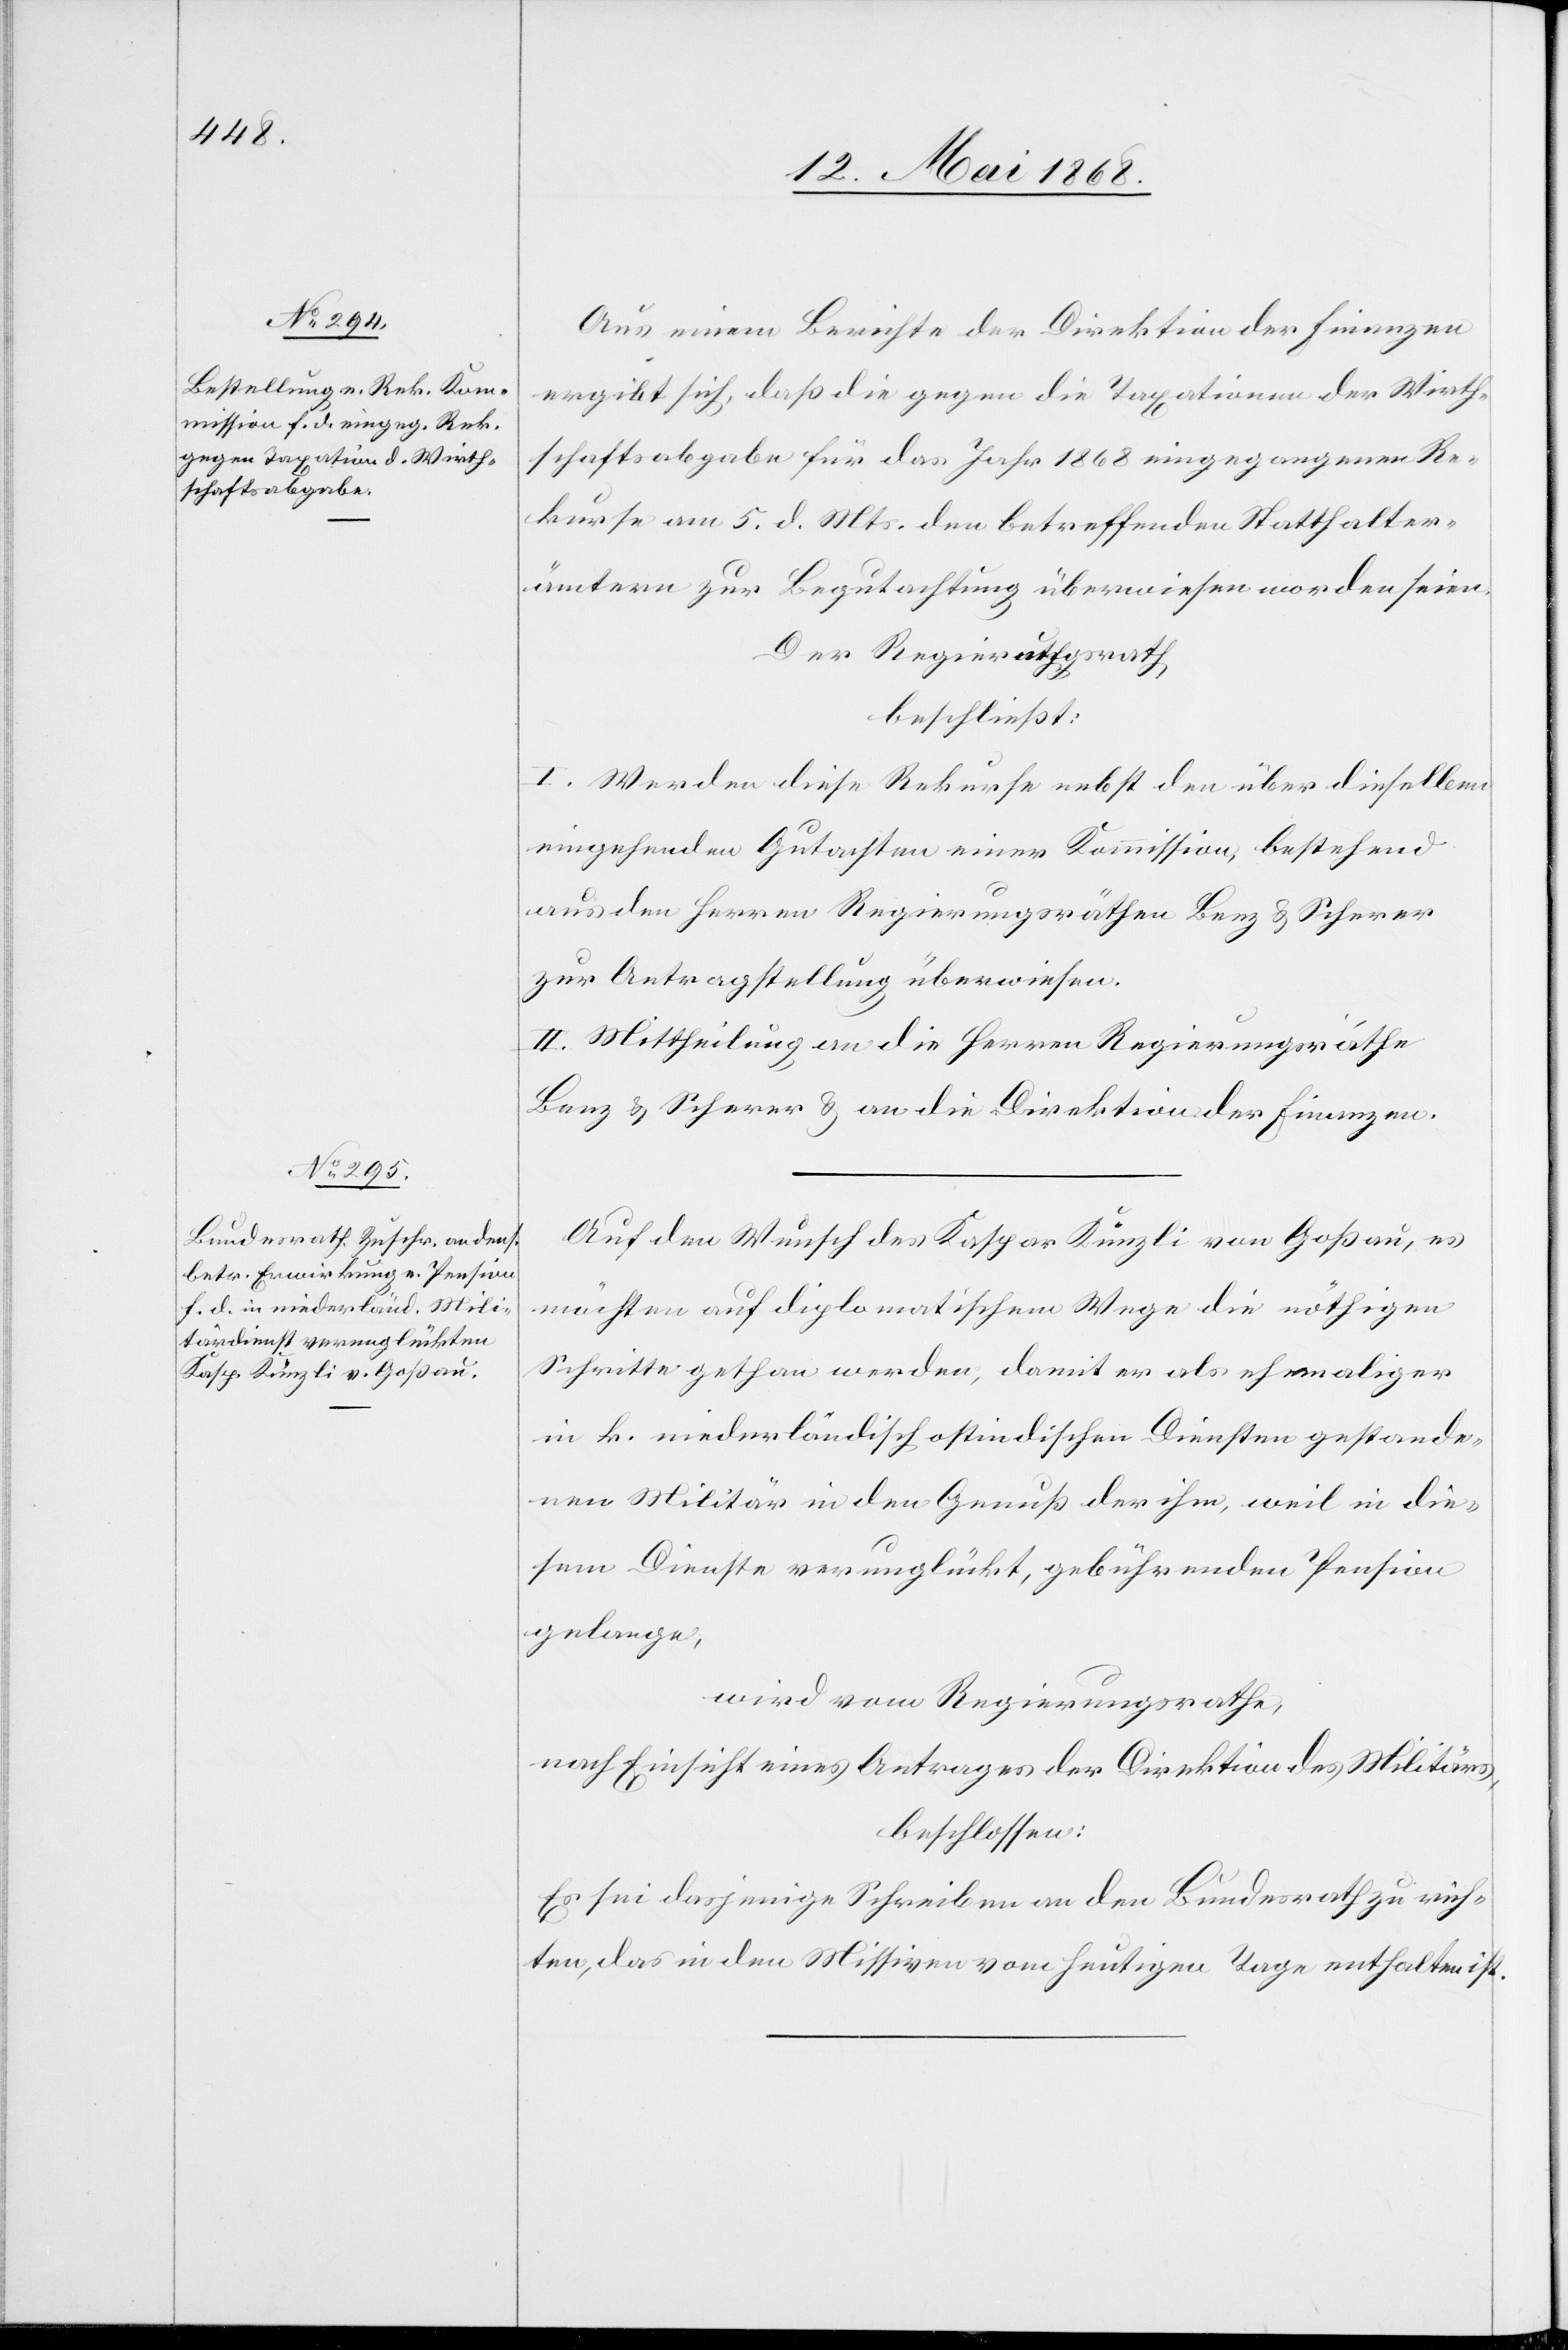
Aus einem Berichte der Direktion der Finanzen
ergibt sich, daß die gegen die Taxationen der Wirth¬
schaftsabgabe für das Jahr 1868 eingegangenen Re¬
kurse am 5. d. Mts. den betreffenden Statthalter¬
ämtern zur Begutachtung überwiesen worden seien.
Der Regierungsrath
beschließt:
I. Werden diese Rekurse nebst den über dieselben
eingehenden Gutachten einer Kommission, bestehend
aus den Herren Regierungsräthen Benz & Scherer
zur Antragstellung überwiesen.
II. Mittheilung an die Herren Regierungsräthe
Benz & Scherer & an die Direktion der Finanzen.
Auf den Wunsch des Kaspar Künzli von Goßau, es
möchten auf diplomatischem Wege die nöthigen
Schritte gethan werden, damit er als ehemaliger
in k. niederländisch ostindischen Diensten gestande¬
nen Militär in den Genuß der ihm, weil in die¬
sem Dienste verunglückt, gebührenden Pension
gelange,
wird vom Regierungsrathe,
nach Einsicht eines Antrages der Direktion des Militärs,
beschlossen:
Es sei dasjenige Schreiben an den Bundesrath zu rich¬
ten, das in den Missiven vom heutigen Tage enthalten ist.